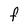
Character: F